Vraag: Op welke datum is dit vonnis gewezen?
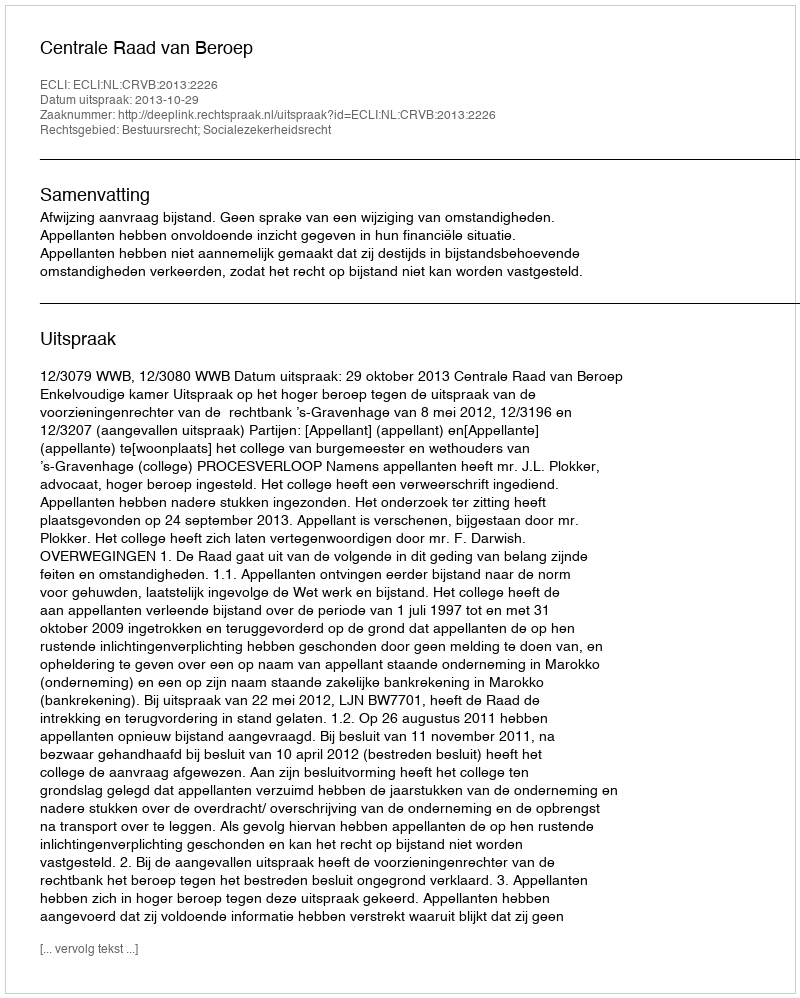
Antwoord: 2013-10-29